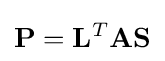
\mathbf {P} =\mathbf {L} ^{T}\mathbf {A} \mathbf {S}